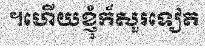
។ហើយខ្ញុំក៏សួរទៀត